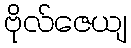
ဗိုလ်ဇေယျ